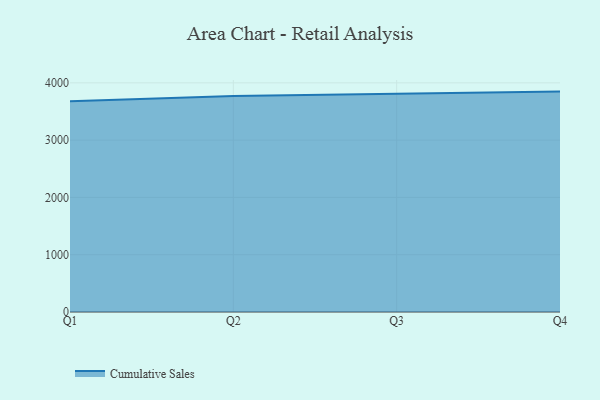
{"axis": {"x": "Quarter", "y": "Backlog"}, "legend": ["Cumulative Sales"], "data": [{"x": "Q1", "y": 3679.0, "type": "Cumulative Sales"}, {"x": "Q2", "y": 3768.9, "type": "Cumulative Sales"}, {"x": "Q3", "y": 3811.6, "type": "Cumulative Sales"}, {"x": "Q4", "y": 3847.2, "type": "Cumulative Sales"}]}